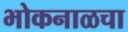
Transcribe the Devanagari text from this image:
भोकनाळचा